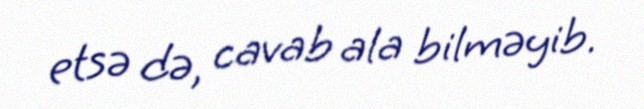
etsə də, cavab ala bilməyib.